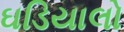
ઘડિયાલો